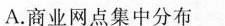
A.商业网点集中分布